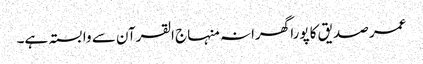
عمر صدیق کا پورا گھرانہ منہاج القرآن سے وابستہ ہے۔